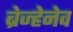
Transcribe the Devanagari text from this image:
ब्रेज्हेनेव